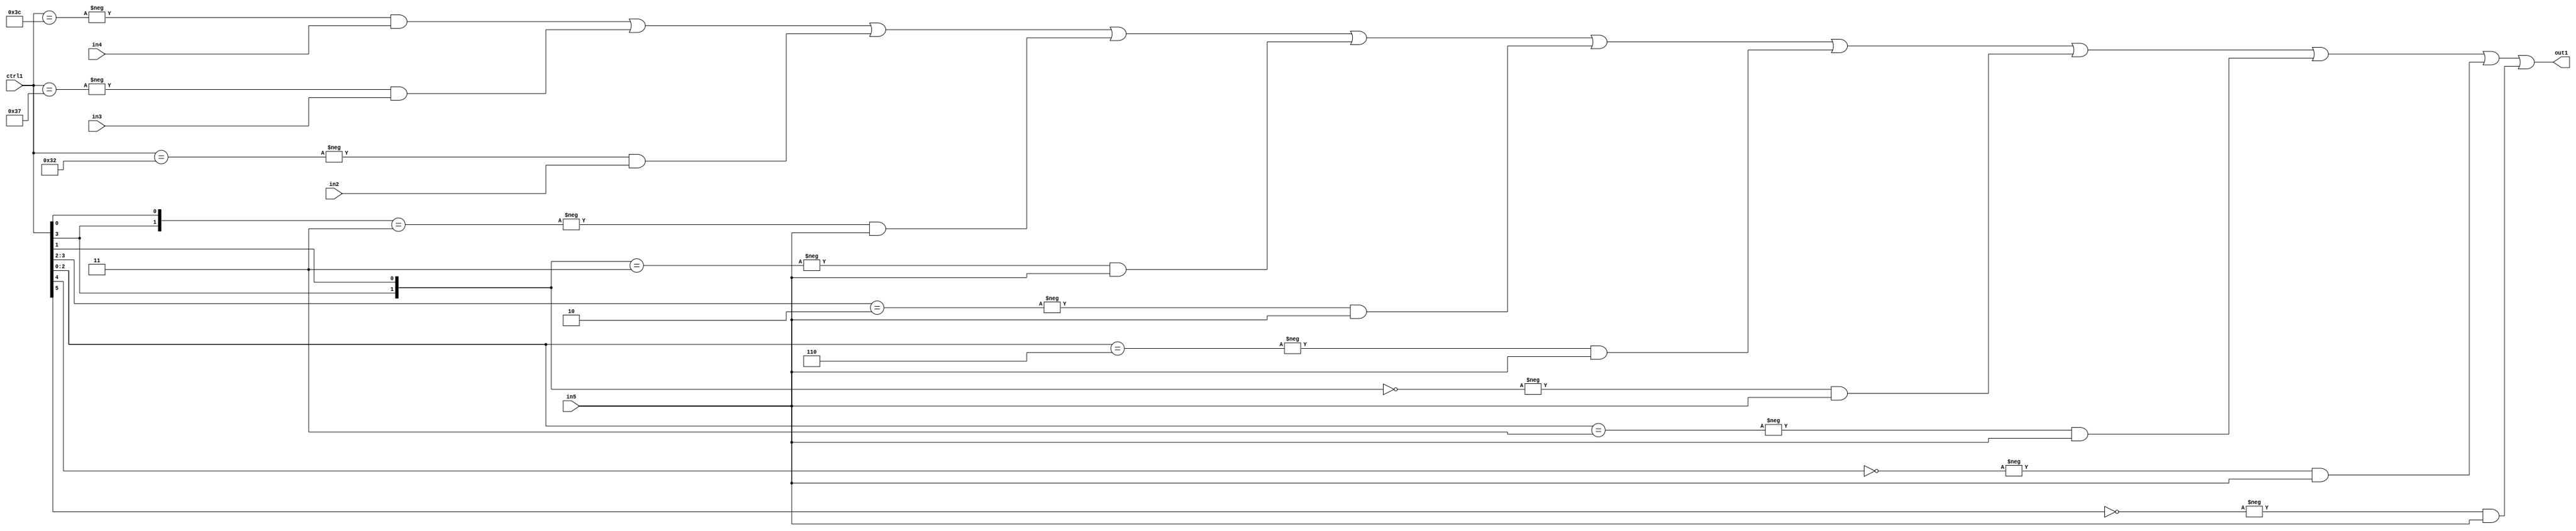
`timescale 1ps / 1ps
/*****************************************************************************
    Verilog RTL Description
    
    
    Created by: Stratus DpOpt 21.05.01 
*******************************************************************************/

module SobelFilter_N_Mux_32_4_44_1 (
	in5,
	in4,
	in3,
	in2,
	ctrl1,
	out1
	); /* architecture "behavioural" */ 
input [31:0] in5;
input [8:0] in4,
	in3,
	in2;
input [5:0] ctrl1;
output [31:0] out1;
wire [31:0] asc001;

assign asc001 = 
	-{ctrl1 == 6'B111100} & in4 |
	-{ctrl1 == 6'B110111} & in3 |
	-{ctrl1 == 6'B110010} & in2 |
	-{{ctrl1[3], ctrl1[0]} == 2'B11} & in5 |
	-{{ctrl1[3], ctrl1[1]} == 2'B11} & in5 |
	-{ctrl1[3:2] == 2'B10} & in5 |
	-{ctrl1[2:0] == 3'B110} & in5 |
	-{{ctrl1[3], ctrl1[1]} == 2'B00} & in5 |
	-{ctrl1[2:0] == 3'B011} & in5 |
	-{ctrl1[4] == 1'B0} & in5 |
	-{ctrl1[5] == 1'B0} & in5 ;

assign out1 = asc001;
endmodule

/* CADENCE  vbD5Tgk= : u9/ySxbfrwZIxEzHVQQV8Q== ** DO NOT EDIT THIS LINE ******/